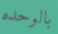
بالوحده